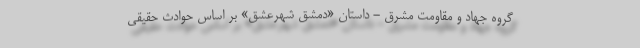
گروه جهاد و مقاومت مشرق - داستان «دمشق شهرعشق» بر اساس حوادث حقیقی